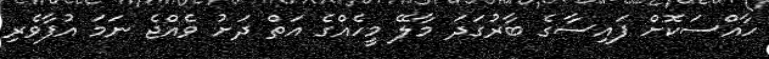
ހާއްސަކޮށް ފައިސާގެ ބާރުގަދަ މާލޭ މީހެއްގެ އަތް ދަށު ވެއްޖެ ނަމަ އުފާވެރި